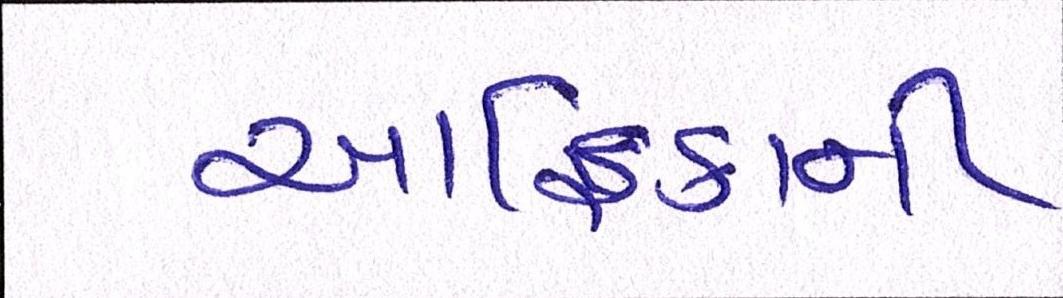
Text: આફ્રિકાની